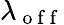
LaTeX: \lambda_{\mathrm{~o~f~f~}}